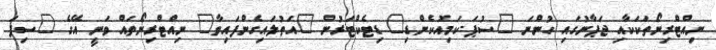
ނިއްޓްރިނޯތަކަކާއި ޖަޕާނުގައި ހުންނަ "ސުޕަ-ކަމިއޮކެންޑި" ޑިޓެކްޓަރުން "އަތުލައިގެންފައިވާ" ނިއްޓްރިނޯތައް ވަނީ އޭގެ "ސިފަ